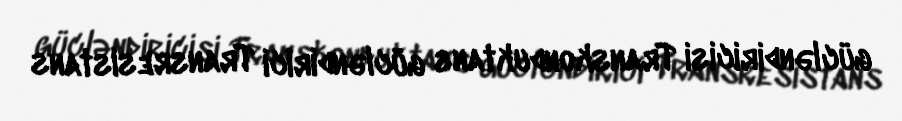
gücləndiricisi Transkonduktans gücləndirici Transresistans